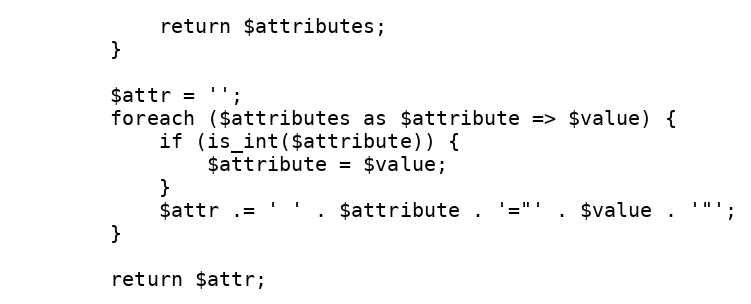
Language: PHP
            return $attributes;
        }

        $attr = '';
        foreach ($attributes as $attribute => $value) {
            if (is_int($attribute)) {
                $attribute = $value;
            }
            $attr .= ' ' . $attribute . '="' . $value . '"';
        }

        return $attr;